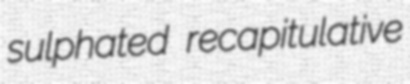
sulphated recapitulative